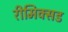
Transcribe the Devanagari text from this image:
रीमिक्सड